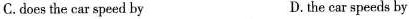
C.does the car speed by D.the car speeds by